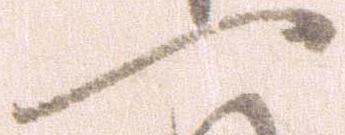
一